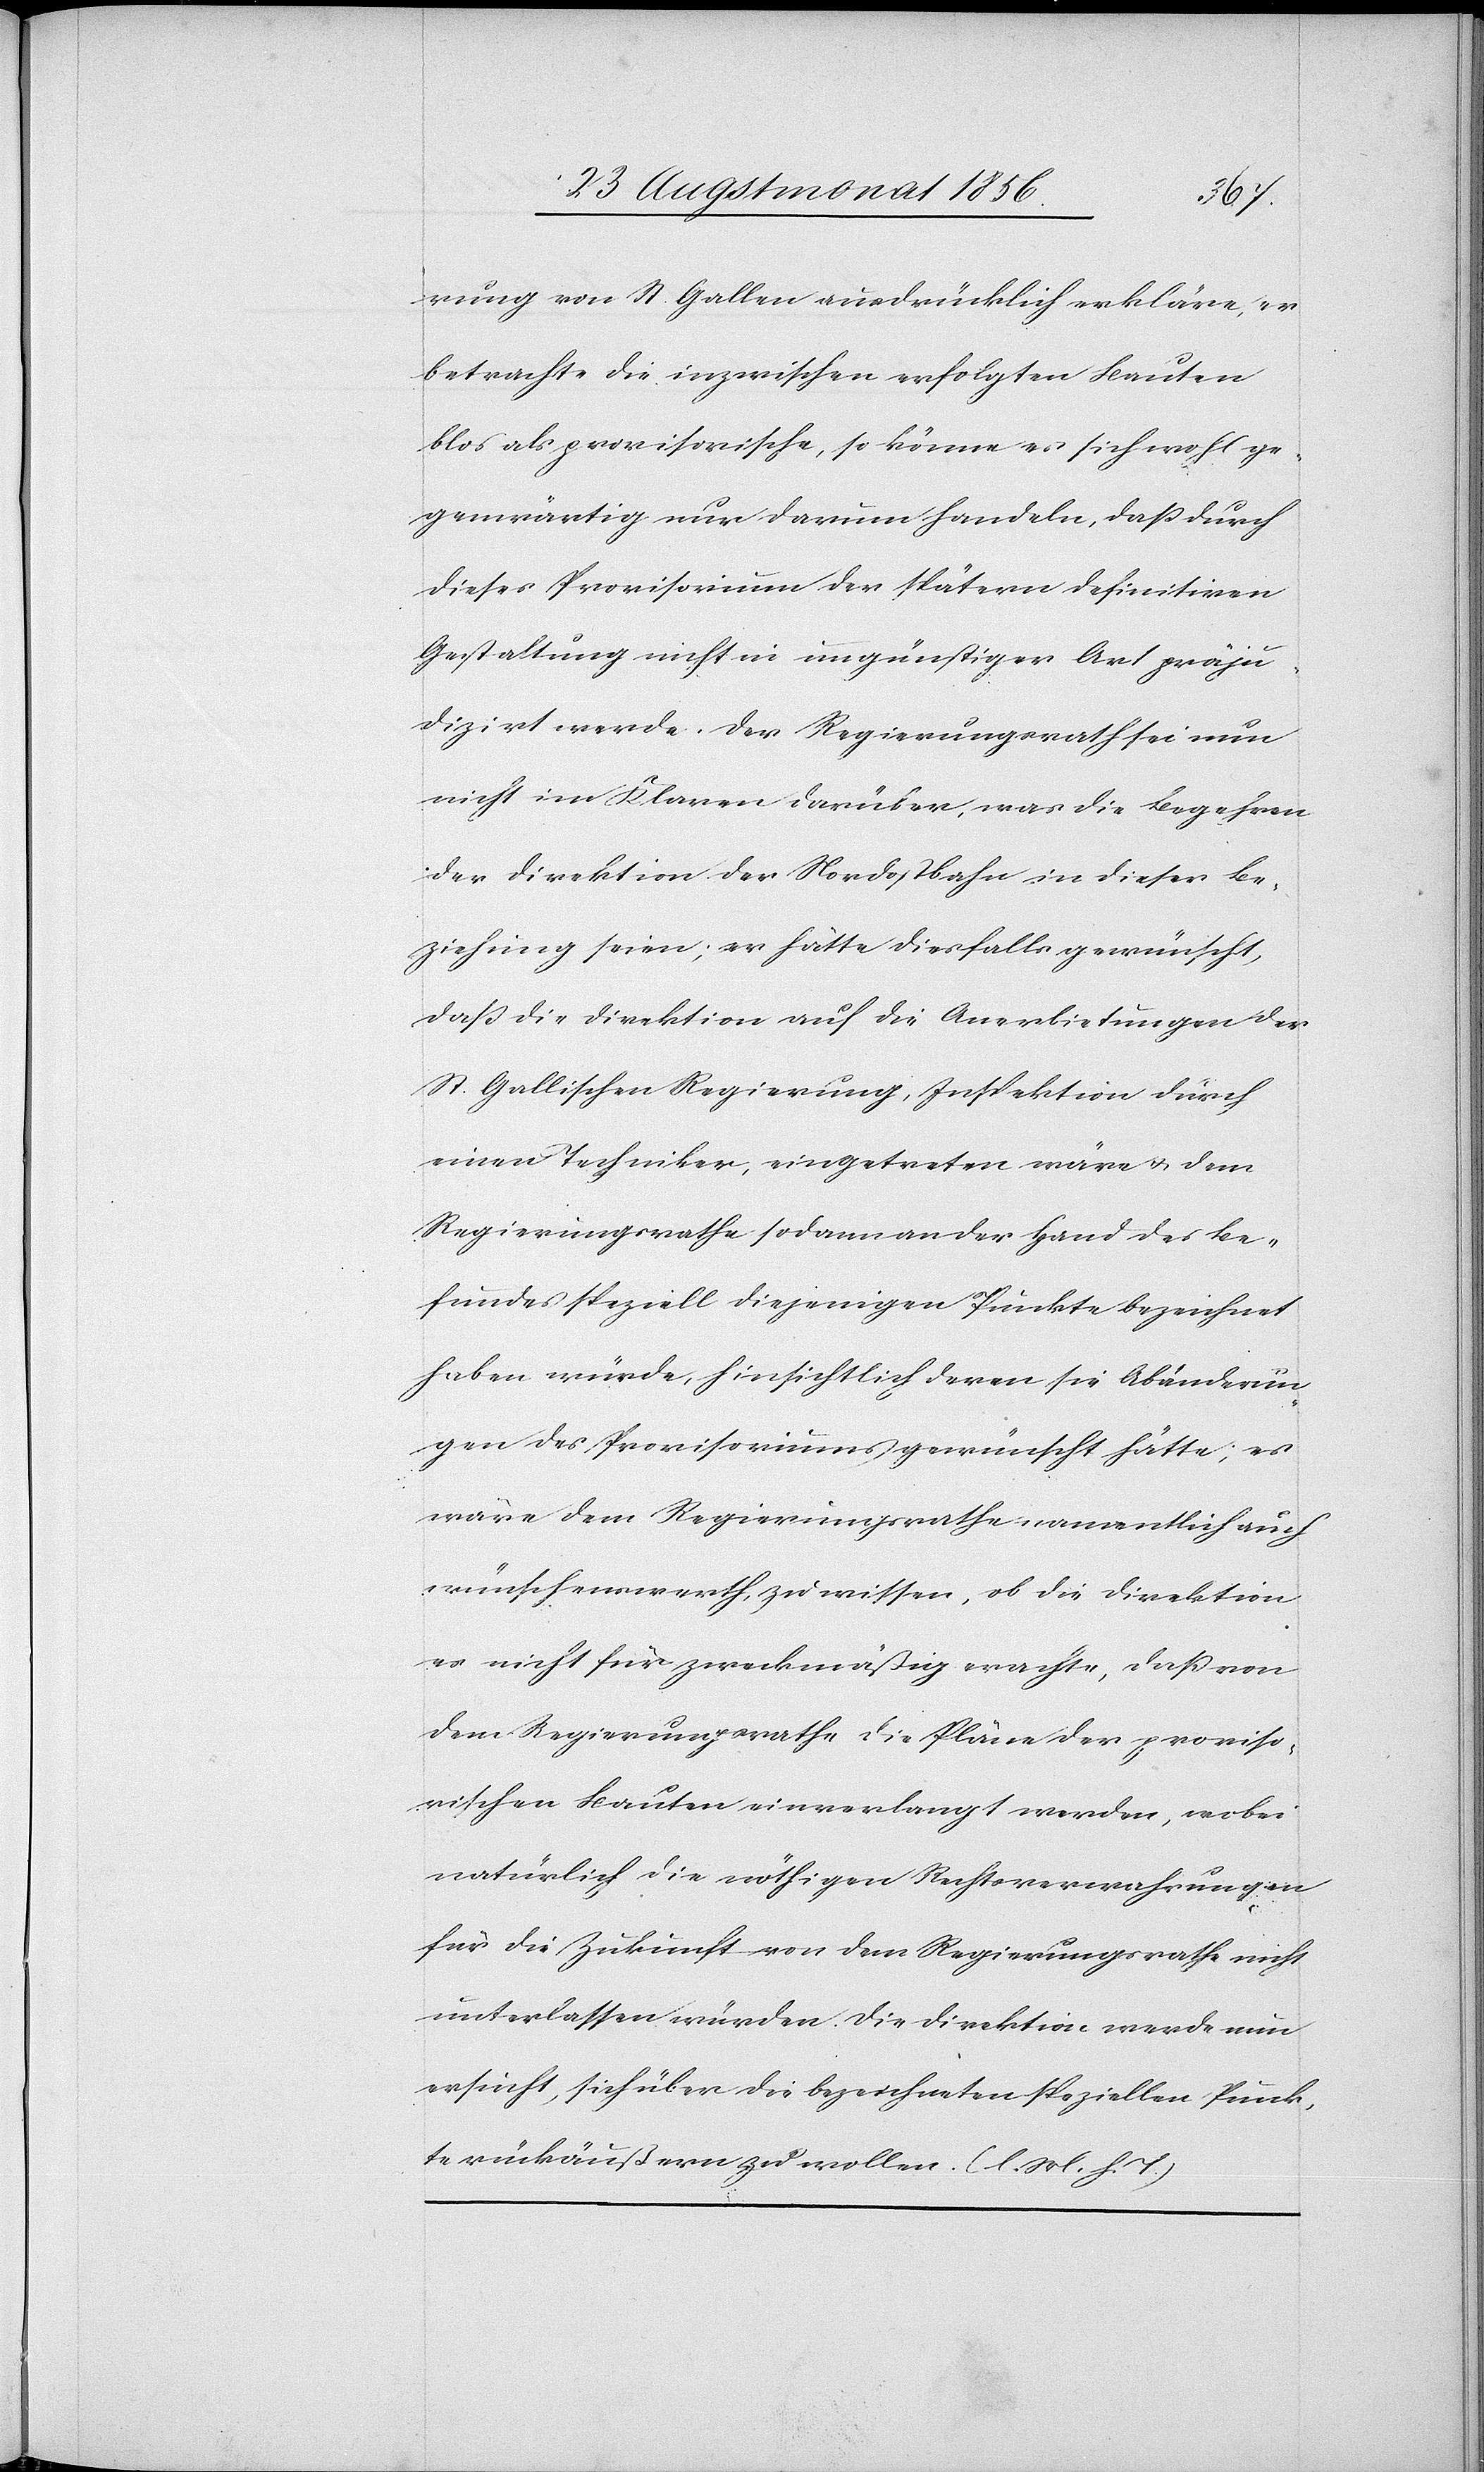
rung von St. Gallen ausdrücklich erkläre, er
betrachte die inzwischen erfolgten Bauten
blos als provisorische, so könne es sich wohl ge¬
genwärtig nur darum handeln, dass durch
dieses Provisorium der spätern definitiven
Gestaltung nicht in ungünstiger Art präju¬
dizirt werde. Der Regierungsrath sei nun
nicht im Klaren darüber, was die Begehren
der Direktion der Nordostbahn in dieser Be¬
ziehung seien; er hätte diesfalls gewünscht,
dass die Direktion auf die Anerbietungen der
St. Gallischen Regierung, Inspektion durch
einen Techniker, eingetreten wäre u. dem
Regierungsrathe sodann an der Hand des Be¬
fundes speziell diejenigen Punkte bezeichnet
haben würde, hinsichtlich deren sie Abänderun¬
gen des Provisoriums gewünscht hätte; es
wäre dem Regierungsrathe namentlich auch
wünschenswerth, zu wissen, ob die Direktion
es nicht für zweckmäßig erachte, dass von
dem Regierungsrathe die Pläne der proviso¬
rischen Bauten einverlangt werden, wobei
natürlich die nöthigen Rechtsverwahrungen
für die Zukunft von dem Regierungsrathe nicht
unterlassen würden. Die Direktion werde nun
ersucht, sich über die bezeichneten speziellen Punk¬
te rückäußern zu wollen. (l. M. h. T.)